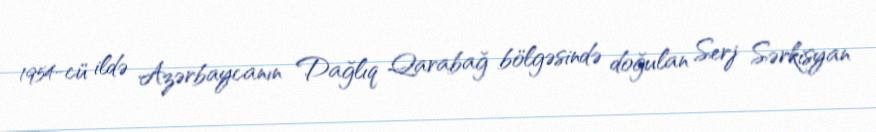
1954-cü ildə Azərbaycanın Dağlıq Qarabağ bölgəsində doğulan Serj Sərkisyan